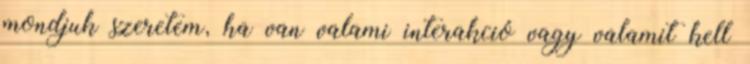
mondjuk szeretem, ha van valami interakció vagy valamit kell